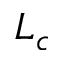
L _ { c }